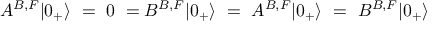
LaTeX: A ^ { B , F } | 0 _ { + } \rangle ~ = ~ 0 ~ = B ^ { B , F } | 0 _ { + } \rangle ~ = ~ A ^ { B , F } | 0 _ { + } \rangle ~ = ~ B ^ { B , F } | 0 _ { + } \rangle ~